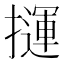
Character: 𢶂